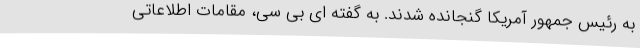
به رئیس جمهور آمریکا گنجانده شدند. به گفته ای بی سی، مقامات اطلاعاتی